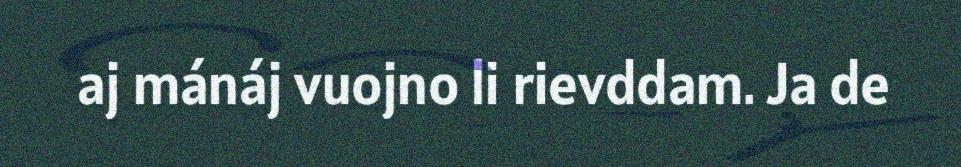
aj mánáj vuojno li rievddam. Ja de